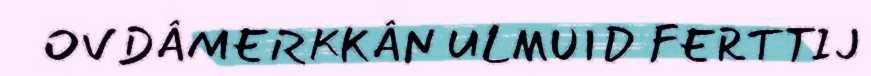
OVDÂMERKKÂN ULMUID FERTTIJ